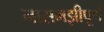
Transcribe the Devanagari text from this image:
नासमझीपूर्ण